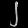
Digit: ၂